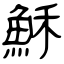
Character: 穌